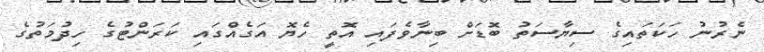
ނެރުނު ހަކަތައިގެ ސިޔާސަތު ބޮޑަށް ބިނާވެފައި އޮތީ ހެޔޮ އަގެއްގައި ކަރަންޓުގެ ހިދުމަތުގެ